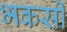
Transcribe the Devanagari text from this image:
भकसी